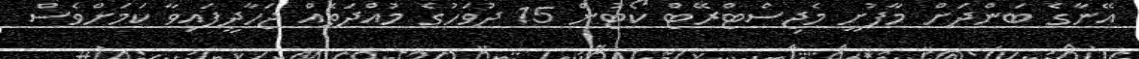
އޭނާގެ ބަންދަށް މާފުށީ މެޖިސްޓްރޭޓް ކޯޓުން 15 ދުވަހުގެ މުއްދަތެއް ޖަހާދީފައިވާ ކަމަށްވެސް